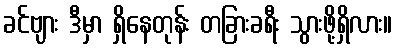
ခင်ဗျား ဒီမှာ ရှိနေတုန်း တခြားခရီး သွားဖို့ရှိလား။